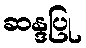
ဆန္ဒပြု